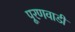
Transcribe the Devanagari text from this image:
पूरणवाडी